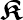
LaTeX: \boldsymbol{\mathfrak{K}}